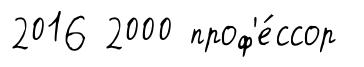
2016 2000 проф'е́ссор